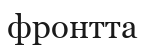
фронтта